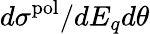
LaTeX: d\sigma^{\mathrm{pol}}/dE_{q}d\theta